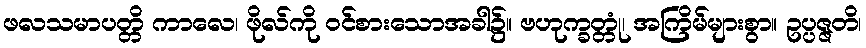
ဖလသမာပတ္တိ ကာလေ၊ ဖိုလ်ကို ဝင်စားသောအခါ၌။ ဗဟုက္ခတ္တုံ၊ အကြိမ်များစွာ။ ဥပ္ပဇ္ဇတိ၊